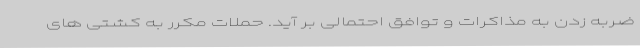
ضربه زدن به مذاکرات و توافق احتمالی بر آید. حملات مکرر به کشتی های